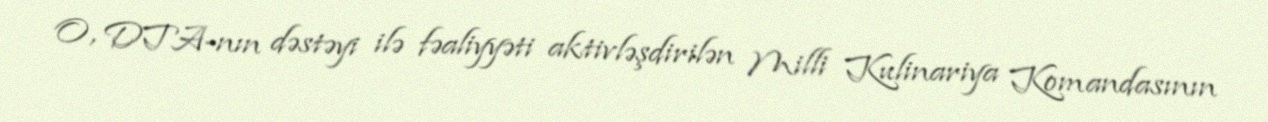
O, DTA-nın dəstəyi ilə fəaliyyəti aktivləşdirilən Milli Kulinariya Komandasının